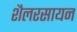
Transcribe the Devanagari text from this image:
शैलरसायन